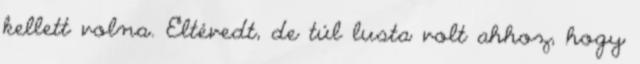
kellett volna. Eltévedt, de túl lusta volt ahhoz, hogy